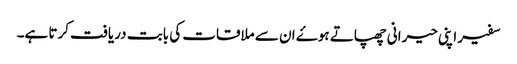
سفیر اپنی حیرانی چھپاتے ہوۓ ان سے ملاقات کی بابت دریافت کرتا ہے۔